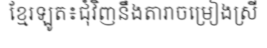
ខ្មែរឡូត៖ជុំវិញនឹងតារាចម្រៀងស្រី